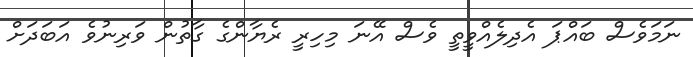
ނަމަވެސް ބައްޕަ އެދިލެއްވީތީ ވެސް އޭނަ މިހިރީ ރެޔާންގެ ގާތުން ވަރިނުވެ އަބަދަށް